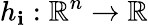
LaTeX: h_{\mathbf{i}}:\mathbb{{R}}^{n}\to\mathbb{{R}}